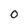
Character: 0